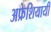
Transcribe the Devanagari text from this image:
अफ्रेशियायी